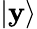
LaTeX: \left|\mathbf{y}\right\rangle